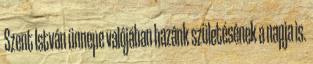
Szent István ünnepe valójában hazánk születésének a napja is.